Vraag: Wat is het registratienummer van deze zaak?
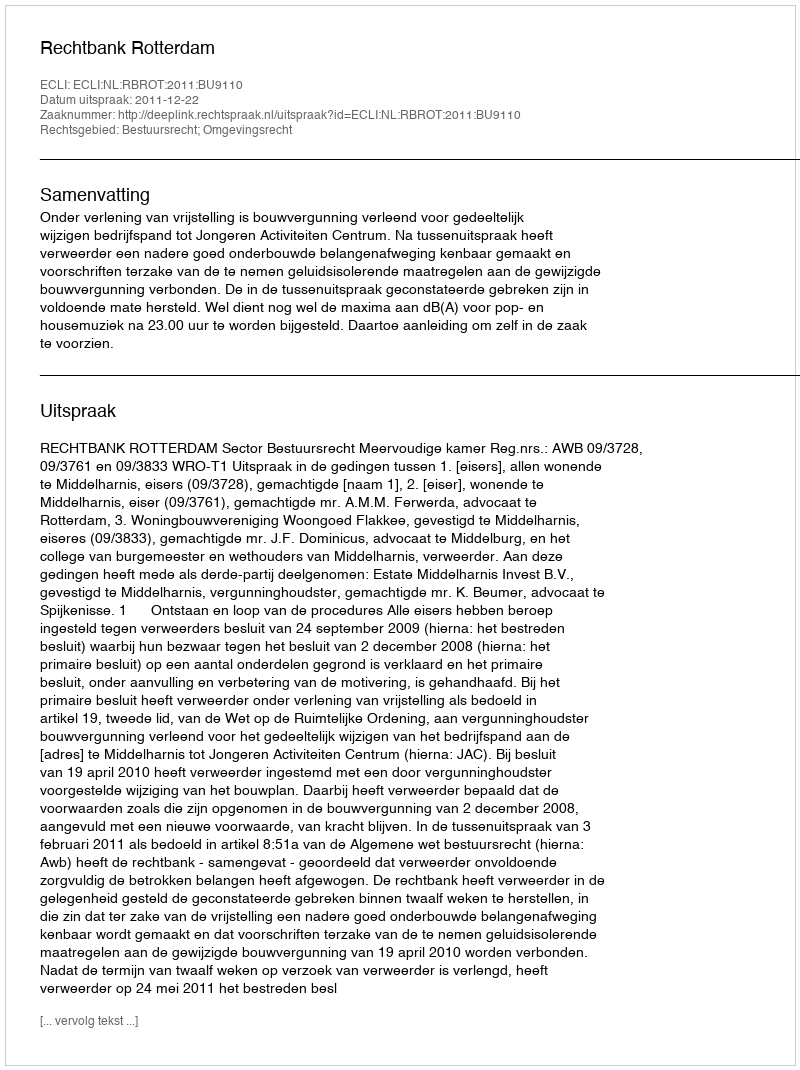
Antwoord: http://deeplink.rechtspraak.nl/uitspraak?id=ECLI:NL:RBROT:2011:BU9110